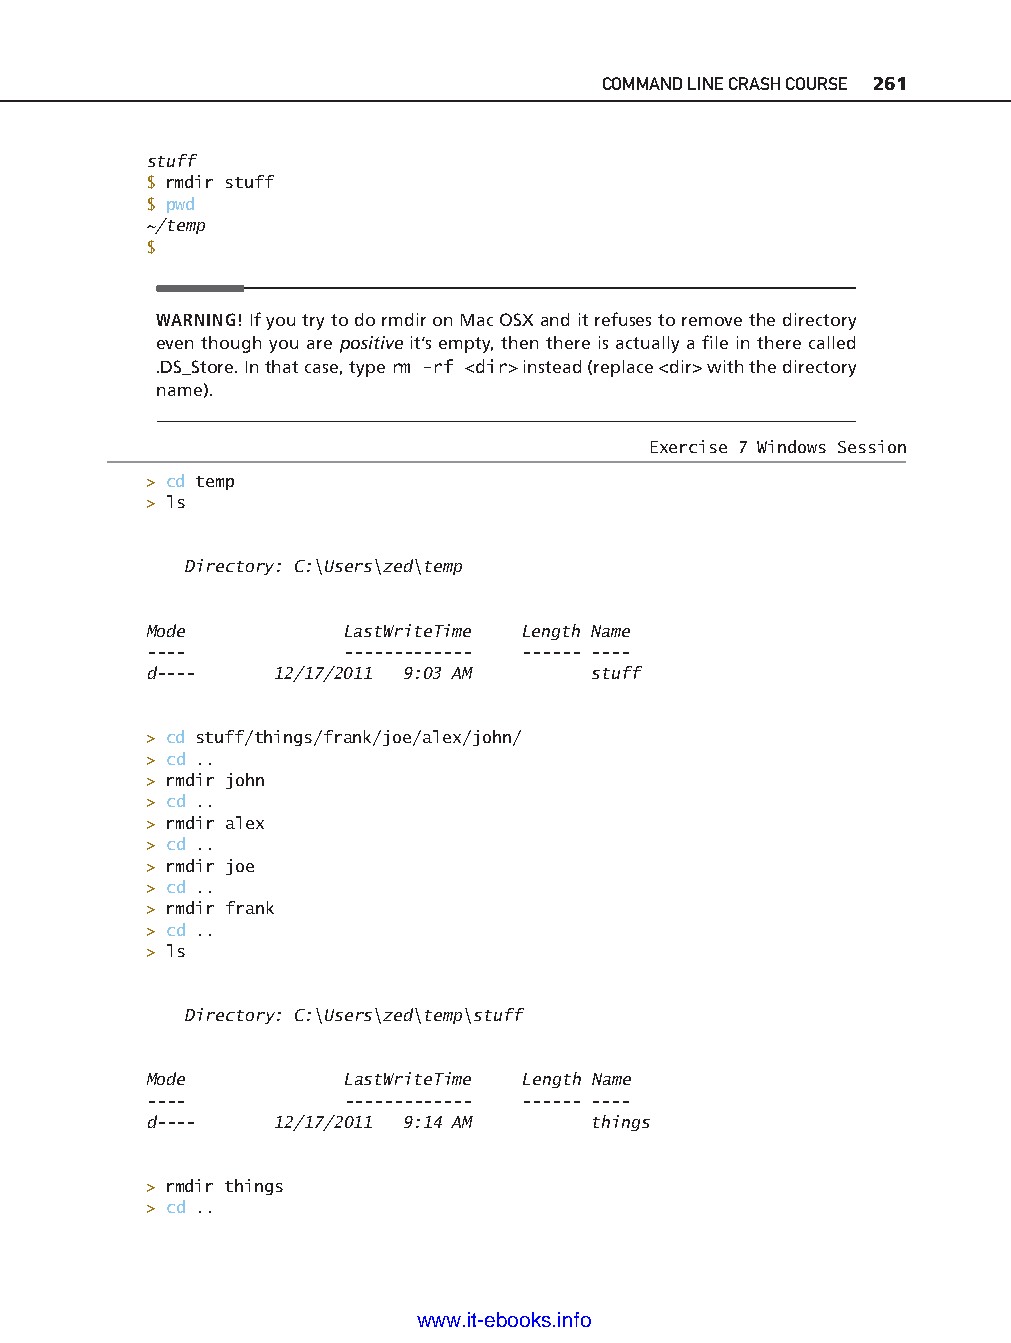
COMMAND LINE CRASH COURSE 261
 stuff
 $ rmdir stuff
 $ pwd
 ~/temp
 $
 WARNING! If you try to do rmdir on Mac OSX and it refuses to remove the directory
 even though you are positive it’s empty, then there is actually a fi le in there called
 .DS_Store. In that case, type rm -r f <dir> instead (replace <dir> with the directory
 name).
 Exercise 7 Windows Session
 > cd temp
 > ls
 Directory: C:\Users\zed\temp
 Mode         LastWriteTime Length Name
 -- - -       -- - - - - - - - - -- - -- - -- - -- - -
 d-- - -  12/17/2011 9:03 AM   stuff                                        ptg11539604
 > cd stuff/things/frank/joe/alex/john/
 > cd ..
 > rmdir john
 > cd ..
 > rmdir alex
 > cd ..
 > rmdir joe
 > cd ..
 > rmdir frank
 > cd ..
 > ls
 Directory: C:\Users\zed\temp\stuff
 Mode         LastWriteTime Length Name
 -- - -       -- - - - - - - - - - -- -- - -- - -- - -
 d-- - -  12/17/2011 9:14 AM   things
 > rmdir things
 > cd ..
 www.it-ebooks.info